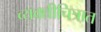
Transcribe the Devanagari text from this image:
व्यक्तीचित्रात